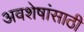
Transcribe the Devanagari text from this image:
अवशेषांसाठी